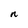
Character: n